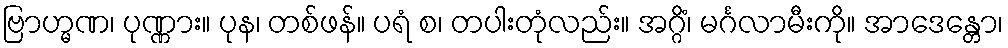
ဗြာဟ္မဏ၊ ပုဏ္ဏား။ ပုန၊ တစ်ဖန်။ ပရံ စ၊ တပါးတုံလည်း။ အဂ္ဂိံ၊ မင်္ဂလာမီးကို။ အာဒေန္တော၊